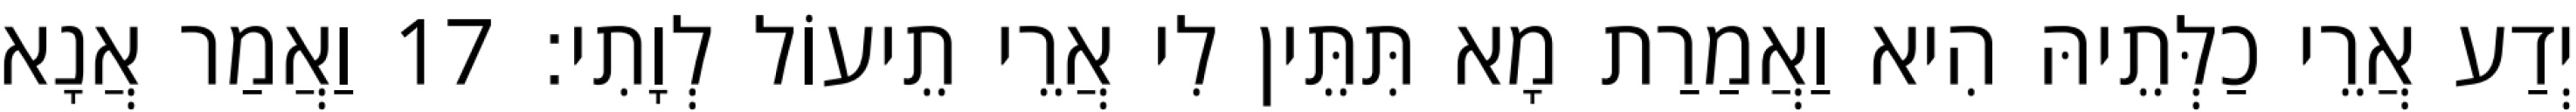
יְדַע אֲרֵי כַלְּתֵיהּ הִיא וַאֲמַרַת מָא תִּתֵּין לִי אֲרֵי תֵיעוֹל לְוָתִי׃ 17 וַאֲמַר אֲנָא